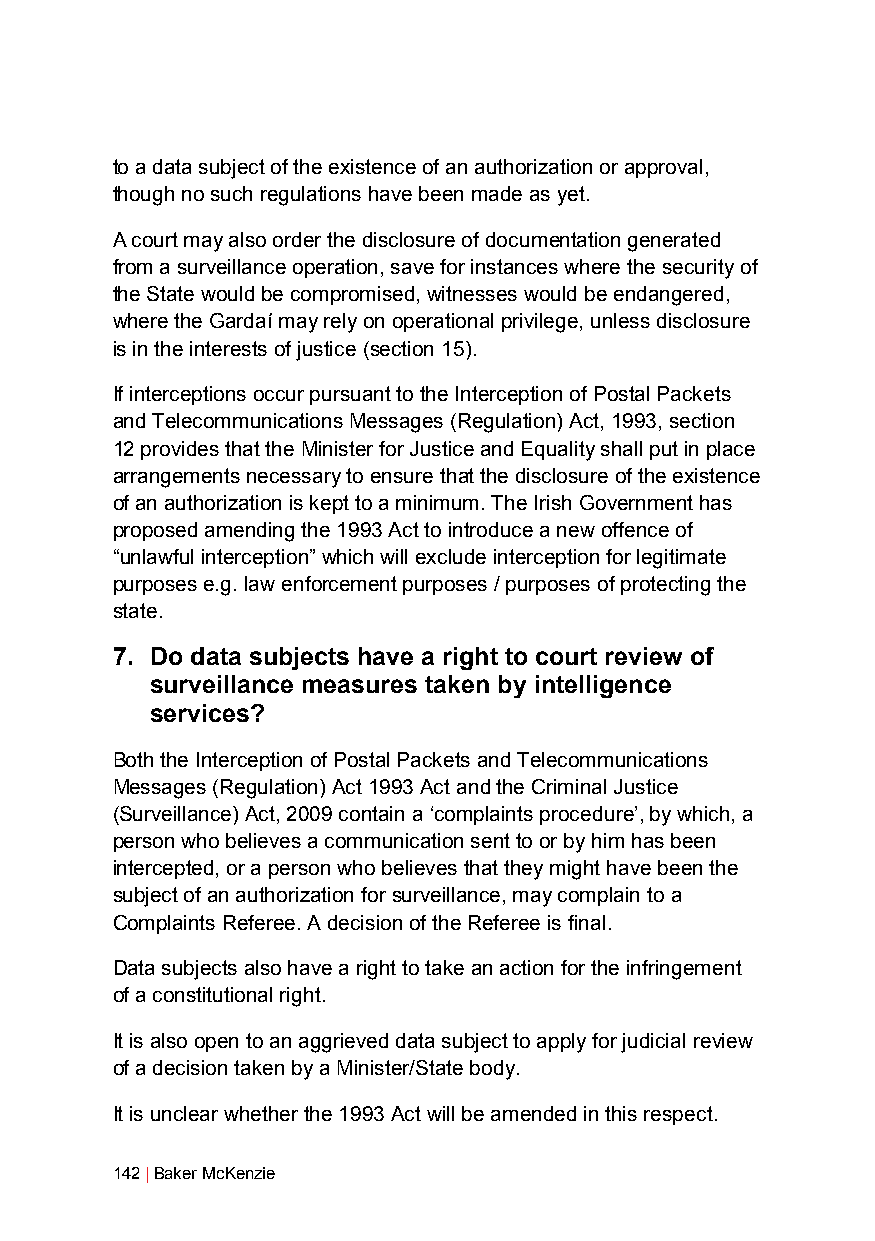
to a data subject of the existence of an authorization or approval,
 though no such regulations have been made as yet.
 A court may also order the disclosure of documentation generated
 from a surveillance operation, save for instances where the security of
 the State would be compromised, witnesses would be endangered,
 where the Gardaí may rely on operational privilege, unless disclosure
 is in the interests of justice (section 15).
 If interceptions occur pursuant to the Interception of Postal Packets
 and Telecommunications Messages (Regulation) Act, 1993, section
 12 provides that the Minister for Justice and Equality shall put in place
 arrangements necessary to ensure that the disclosure of the existence
 of an authorization is kept to a minimum. The Irish Government has
 proposed amending the 1993 Act to introduce a new offence of
 “unlawful interception” which will exclude interception for legitimate
 purposes e.g. law enforcement purposes / purposes of protecting the
 state.
 7. Do data subjects have a right to court review of
 surveillance measures taken by intelligence
 services?
 Both the Interception of Postal Packets and Telecommunications
 Messages (Regulation) Act 1993 Act and the Criminal Justice
 (Surveillance) Act, 2009 contain a ‘complaints procedure’, by which, a
 person who believes a communication sent to or by him has been
 intercepted, or a person who believes that they might have been the
 subject of an authorization for surveillance, may complain to a
 Complaints Referee. A decision of the Referee is final.
 Data subjects also have a right to take an action for the infringement
 of a constitutional right.
 It is also open to an aggrieved data subject to apply for judicial review
 of a decision taken by a Minister/State body.
 It is unclear whether the 1993 Act will be amended in this respect.
 142 | Baker McKenzie